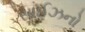
સાઈઝનો